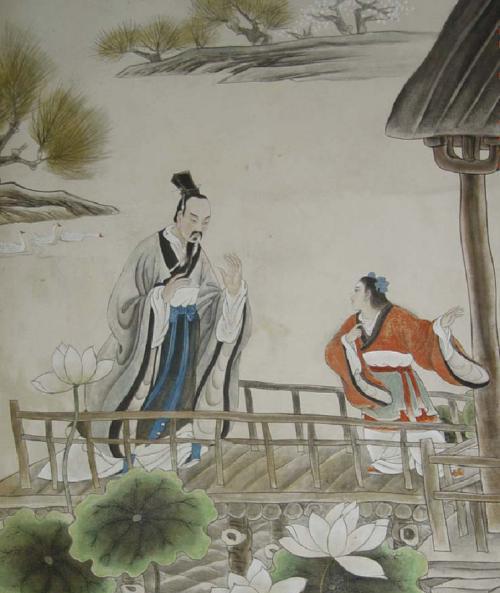
列德而尚贤。虽在农与工肆之人，有能则举之。